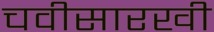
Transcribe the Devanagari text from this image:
चवीसारखी